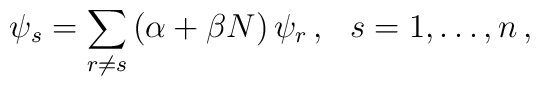
\psi_s = \sum_{r \ne s} \left( \alpha + \beta N \right) \psi_r \, , \ \ s =1,\ldots,n \, ,